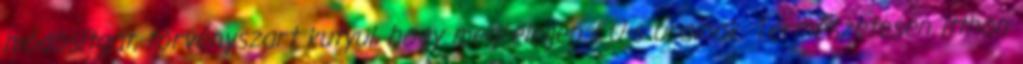
módosítgat, törvényszart kutyul, hogy megfeleljen EU-s urainak. Természetesen itthon